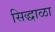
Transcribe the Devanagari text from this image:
सिद्धाळा